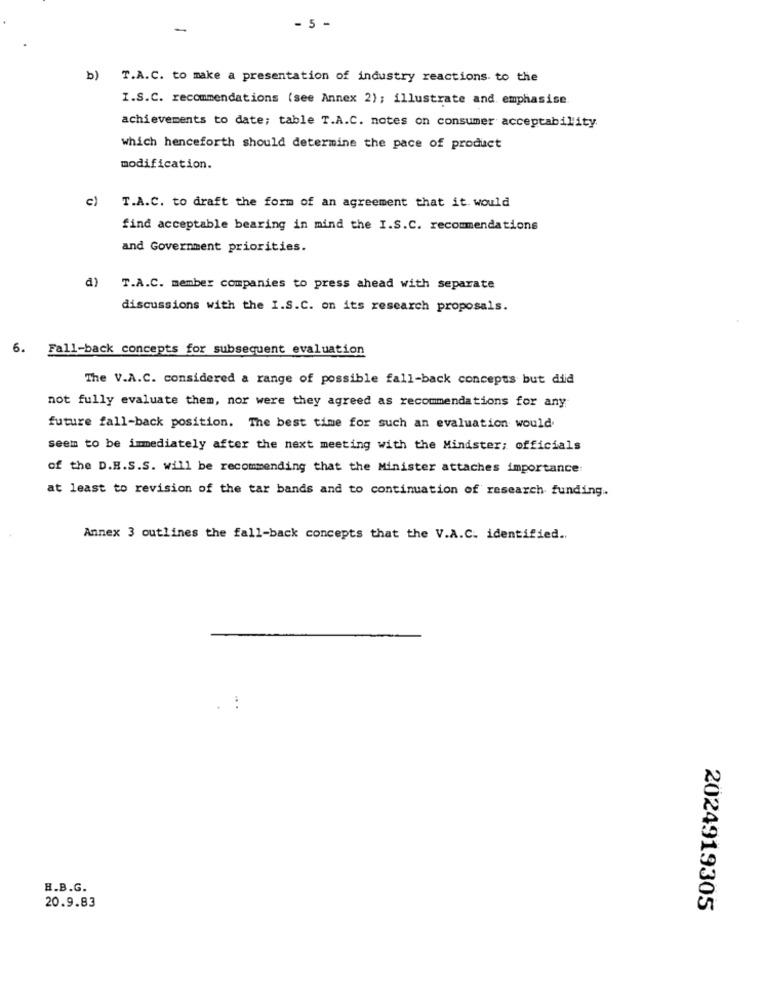
-
- 5 -
b)
T.A.C. to make a presentation of industry reactions to the
I.S.C. recommendations (see Annex 2); illustrate and emphasise.
achievements to date; table T.A.C. notes on consumer acceptability.
which henceforth should determine the pace of product
modification.
c)
T.A.C. to draft the form of an agreement that it. would
find acceptable bearing in mind the I.S.C. recommendations
and Government priorities.
a)
T.A.C. member companies to press ahead with separate
discussions with the I.S.C. on its research proposals.
6. Fall-back concepts for subsequent evaluation
The V.A.C. considered a range of possible fall-back concepts but diid
not fully evaluate them, nor were they agreed as recommendations for any
future fall-back position. The best time for such an evaluation would
seem to be immediately after the next meeting with the Mindster; officials
of the D.H.S.S. will be recommending that the Minister attaches importance:
at least to revision of the tar bands and to continuation of research funding.
Annex 3 outlines the fall-back concepts that the V.A.C. identified ..
H.B.G.
20.9.83
2024919305